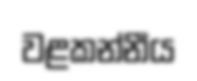
වළකන්නීය